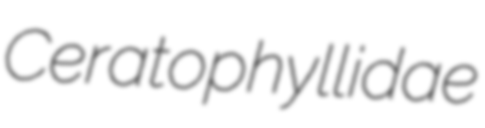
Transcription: Ceratophyllidae